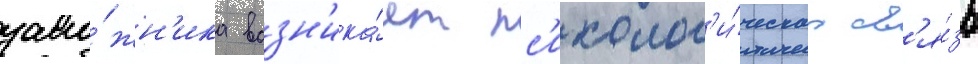
зало́жн'ика возн'ика́ет пс'ихолог'и́ческаа св'я́зь